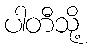
ပါတီသို့